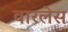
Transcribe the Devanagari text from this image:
वारलेस